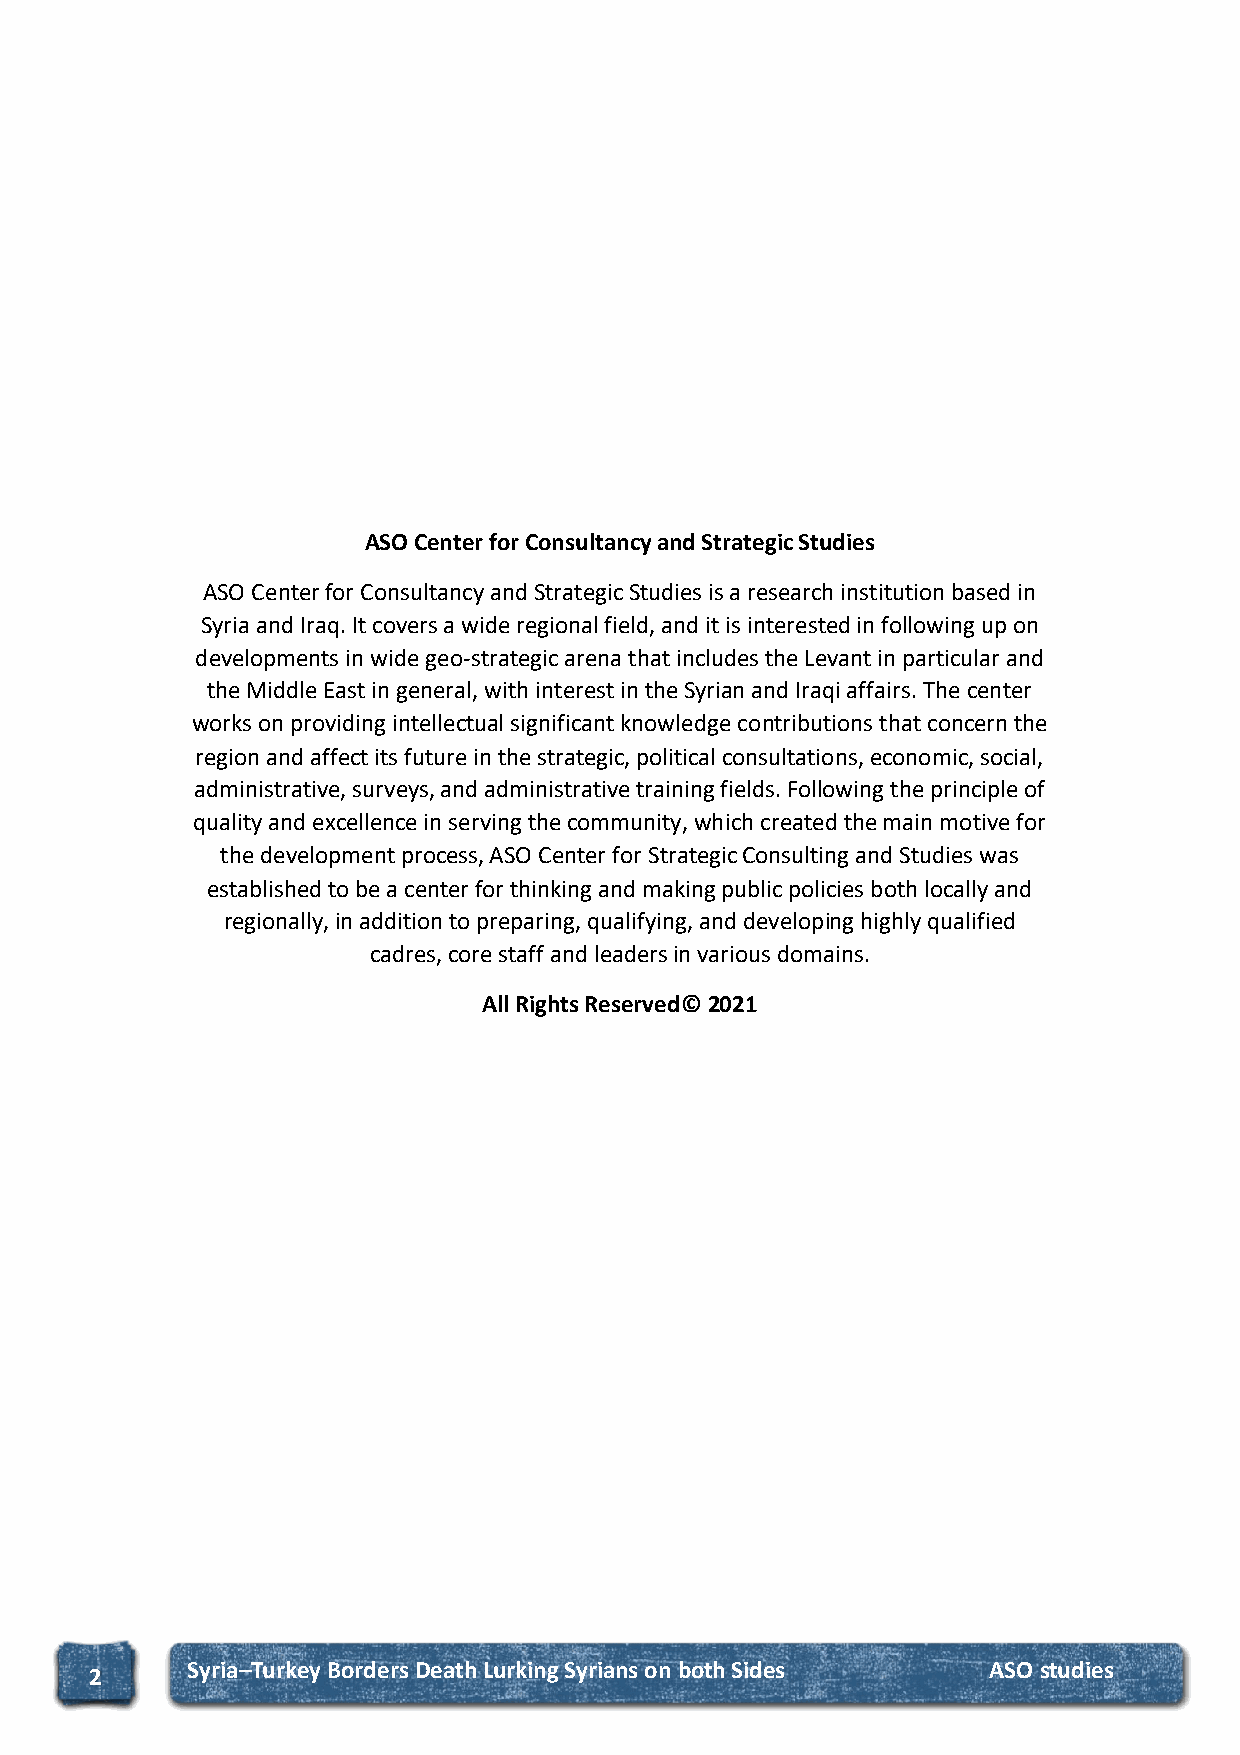
ASO Center for Consultancy and Strategic Studies
 ASO Center for Consultancy and Strategic Studies is a research institution based in
 Syria and Iraq. It covers a wide regional field, and it is interested in following up on
 developments in wide geo-strategic arena that includes the Levant in particular and
 the Middle East in general, with interest in the Syrian and Iraqi affairs. The center
 works on providing intellectual significant knowledge contributions that concern the
 region and affect its future in the strategic, political consultations, economic, social,
 administrative, surveys, and administrative training fields. Following the principle of
 quality and excellence in serving the community, which created the main motive for
 the development process, ASO Center for Strategic Consulting and Studies was
 established to be a center for thinking and making public policies both locally and
 regionally, in addition to preparing, qualifying, and developing highly qualified
 cadres, core staff and leaders in various domains.
 All Rights Reserved©️ 2021
 S yria–Turkey Borders Death Lurking Syrians on both Sides ASO studies
 2